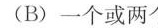
(B)一个或两个